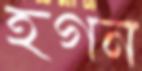
হগন